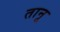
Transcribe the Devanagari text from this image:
तानू